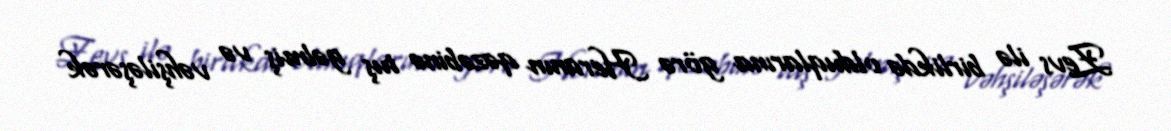
Zevs ilə birlikdə olduqlarına görə Heranın qəzəbinə tuş gəlmiş və vəhşiləşərək